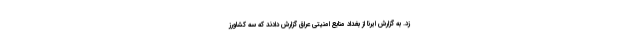
زد. به گزارش ایرنا از بغداد منابع امنیتی عراق گزارش دادند که سه کشاورز